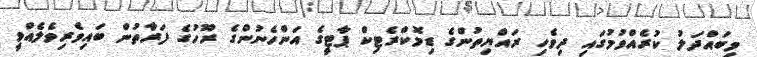
މިބައްދަލު ކުރެއްވުމުގައި ދިވެހި ރައްޔިތުންގެ ޑިމޮކްރެޓިކް ޕާޓީގެ އަންހެނުންގެ ރޫހުގެ ފަރާތުން ބައިވެރިވެލެއްވީ